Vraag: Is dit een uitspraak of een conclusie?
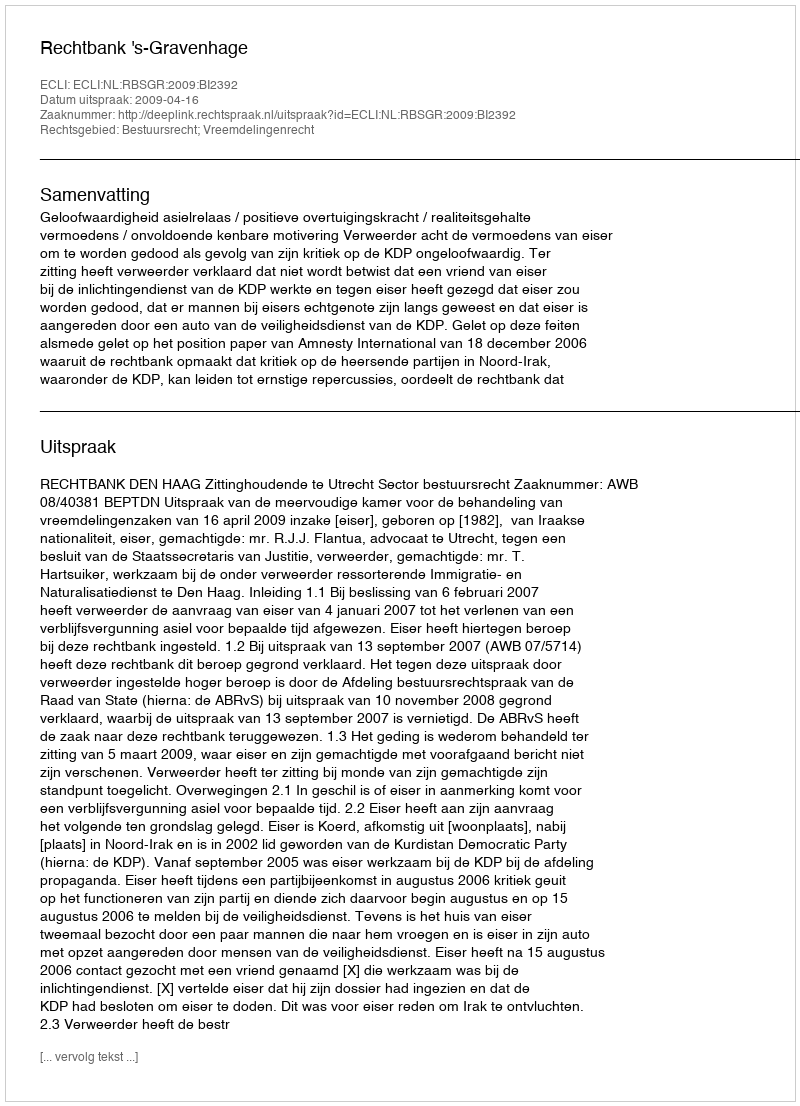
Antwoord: Uitspraak